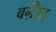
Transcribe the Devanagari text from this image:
बग़ैरह